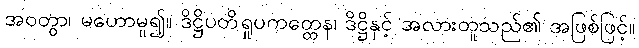
အဝတွာ၊ မဟောမူ၍။ ဒိဋ္ဌိပတိရှုပကတ္တေန၊ ဒိဋ္ဌိနှင့် အလားတူသည်၏ အဖြစ်ဖြင့်။